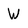
Character: W